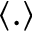
\langle . \rangle